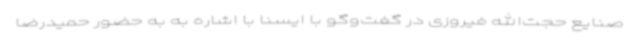
صنایع حجت‌الله فیروزی در گفت‌وگو با ایسنا با اشاره به به حضور حمیدرضا